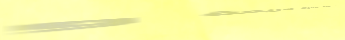
خدمة صيانة منزلية سريعة و